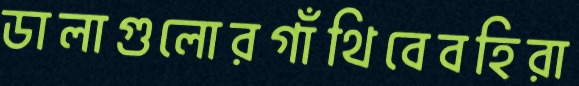
ডালাগুলোরগাঁথিবেবহিরা